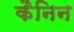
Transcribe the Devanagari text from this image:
कैनिन